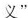
义”